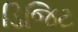
ડિજિટ